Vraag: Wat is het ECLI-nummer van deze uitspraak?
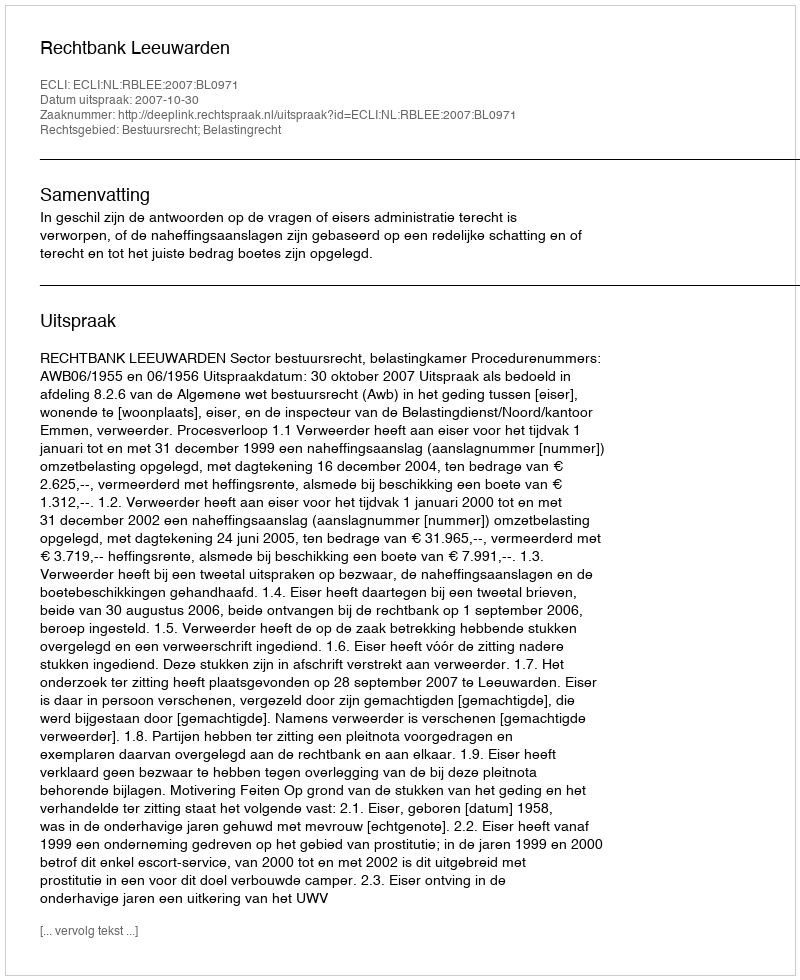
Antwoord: ECLI:NL:RBLEE:2007:BL0971